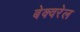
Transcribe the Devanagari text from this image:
बेक्वरेल